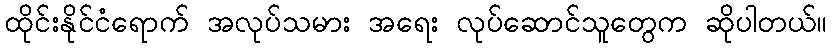
ထိုင်းနိုင်ငံရောက် အလုပ်သမား အရေး လုပ်ဆောင်သူတွေက ဆိုပါတယ်။